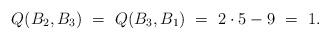
LaTeX: \begin{align*} Q(B_2,B_3) \ = \ Q(B_3,B_1) \ = \ 2 \cdot 5 - 9 \ = \ 1. \end{align*}